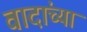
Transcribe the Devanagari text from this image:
वादांच्या